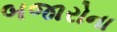
બજારોના